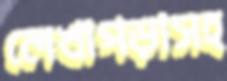
লেখাপড়াসহ